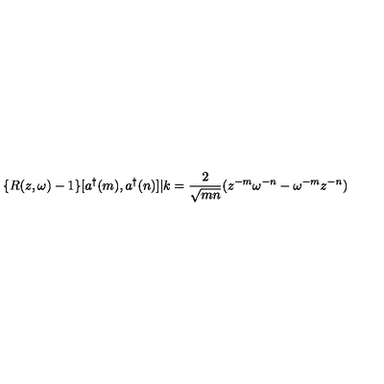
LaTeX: \{ R ( z , \omega ) - 1 \} [ a ^ { \dag } ( m ) , a ^ { \dag } ( n ) ] | k = \frac { 2 } { \sqrt { m n } } ( z ^ { - m } \omega ^ { - n } - \omega ^ { - m } z ^ { - n } )